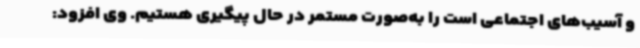
و آسیب‌های اجتماعی است را به‌صورت مستمر در حال پیگیری هستیم. وی افزود: